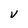
Character: V